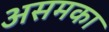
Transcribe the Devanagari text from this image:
असमका